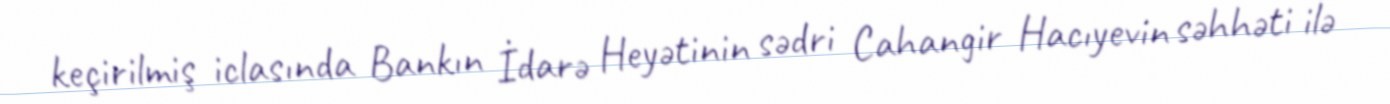
keçirilmiş iclasında Bankın İdarə Heyətinin sədri Cahangir Hacıyevin səhhəti ilə